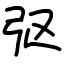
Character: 𫸩